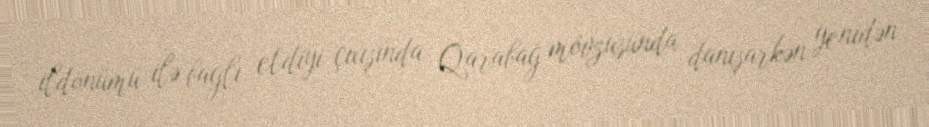
ildönümü ilə bağlı etdiyi çıxışında Qarabağ mövzusunda danışarkən yenidən